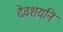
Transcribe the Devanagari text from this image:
देवशयनि